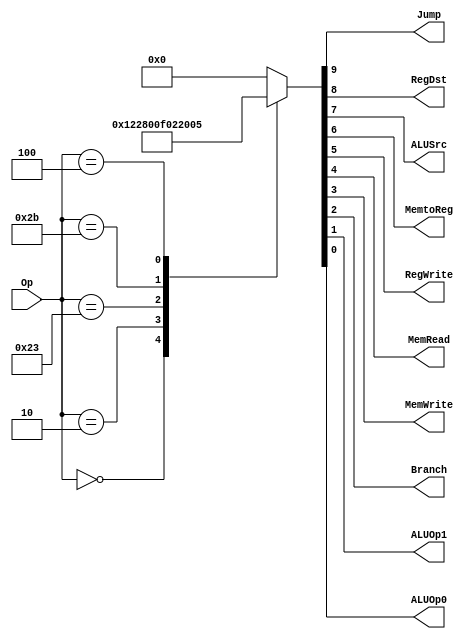
`timescale 1ns / 1ps
//////////////////////////////////////////////////////////////////////////////////
// Company: 
// Engineer: 
// 
// Design Name: 
// Module Name: CONTROL_UNIT
// Project Name: 
// Target Devices: 
// Tool Versions: 
// Description: 
// 
// Dependencies: 
// 
// Revision:
// Revision 0.01 - File Created
// Additional Comments:
// 
//////////////////////////////////////////////////////////////////////////////////

(* keep_hierarchy = "yes" *) module CONTROL_UNIT(Op, Jump, RegDst, ALUSrc, MemtoReg, RegWrite, MemRead, MemWrite, Branch, ALUOp1, ALUOp0);
    input [5:0] Op;
    output Jump, RegDst, ALUSrc, MemtoReg, RegWrite, MemRead, MemWrite, Branch, ALUOp1, ALUOp0;
    reg [9:0] control;
    
    always @(Op) begin
        case (Op)
            6'b000000:
                control <= 10'b0100100010;
            6'b000010:
                control <= 10'b1000000000;
            6'b100011:
                control <= 10'b0011110000;
            6'b101011:
                control <= 10'b0010001000;
            6'b000100:
                control <= 10'b0000000101;
            default:
                control <= 10'b0000000000;
        endcase
    end
     
     assign {Jump, RegDst, ALUSrc, MemtoReg, RegWrite, MemRead, MemWrite, Branch, ALUOp1, ALUOp0} = control[9:0];
           
endmodule